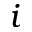
i